Leaving Certificate Examination, 1919
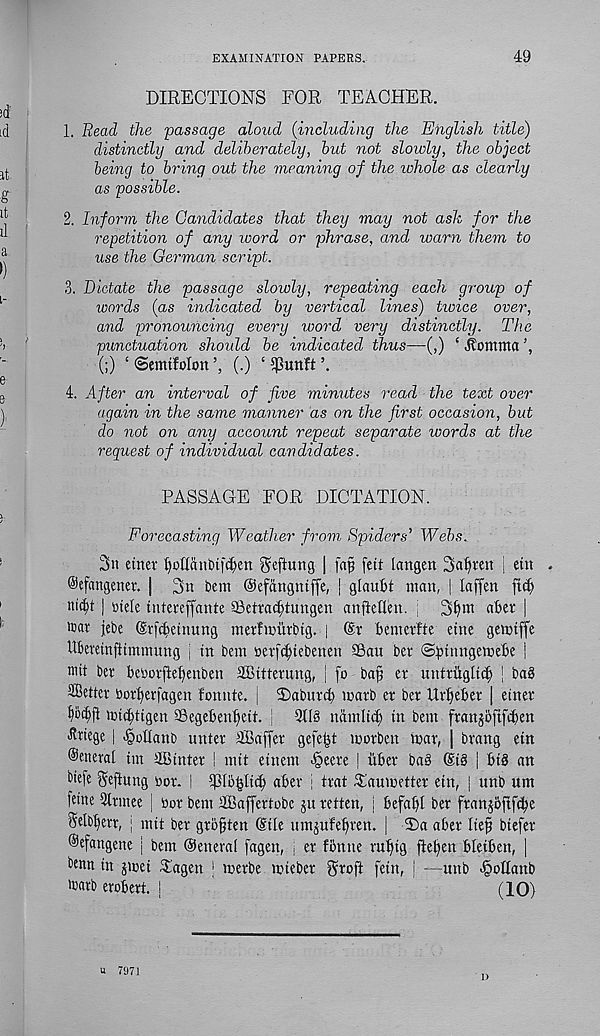
EXAMINATION PAPERS.
49
id ;
id
it.
g
it
il
a
I)
?
DIRECTIONS FOR TEACHER.
1. Bead the passage aloud (including the English title)
distinctly and deliberately, but not slowly, the object
being to bring out the meaning of the whole as clearly
as possible.
2. Inform the Candidates that they may not ash for the
repetition of any word or phrase, and warn them to
use the German script.
3. Dictate the passage slowly, repeating each group of
words (as indicated by vertical lines) twice over,
and pronouncing every word very distinctly. The
punctuation should be indicated thus—(,) ‘ jtomma
(;) ‘ ©cmtMon
(.) ‘ $unft
4. After an interval of five minutes read the text over
again in the same manner as on the first occasion, but
do not on any account repeat separate words at the
request of individual candidates.
PASSAGE FOR DICTATION.
Forecasting Weather from Spiders’ Webs.
3n enter ()ottd»bij'd)en ^eftung | fafi fett langen 3af)mt | eitt .
©tfangetter. | 3n bem Oefangntffe, j glaubt man, | laffen fict)
tti^t | ptele intereffante SBetrac^tungen anftetleu. ;
aber |
irat jebe Crfcbetnutig merfinurbig. | @r bemerfte etne gemtffe
Ubereinfttmmung | tn bem nerfc^iebenen SBau ber ©bittngemebe |
mit ber betoorftetjenben
it ter ung, | fo bap er untriigli^ | ba§
SBetter borfyerjagen fomite. j 3)aburc^ tcarb er ber Ur^eber | etner
fybdtfi mi^ttgen 33egebenf)ett. !
namltdj in bem franjbftfibett
■ Rriege | -^oKattb unter 3Baffer gefetjt morbctt mar, | brang etn
©enerat tm ffiBinter i mit eutem -§eere | itber ba§
| bt§ an
btefe Seftung ^or. I
aber | trat Taumetter etn, | unb urn
feme 9lrmee j bor bem 2Baffertobe ju retten, j befafjt ber franj5ftf(|e
Selb^err, j mit ber grb§ten Site umjufe^ren. | T)a aber Itep btefer
©efangene | bem Oenerat fagett, i er fbmie rutfig ftefyen bteiben, |
bcnn in jmei Tagen | merbe mieber graft fetn, j —unb Jpoltanb
>carb erobert. |
(10)
U 7971
D